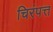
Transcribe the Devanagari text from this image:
चिरंपत्त